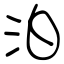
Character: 泊